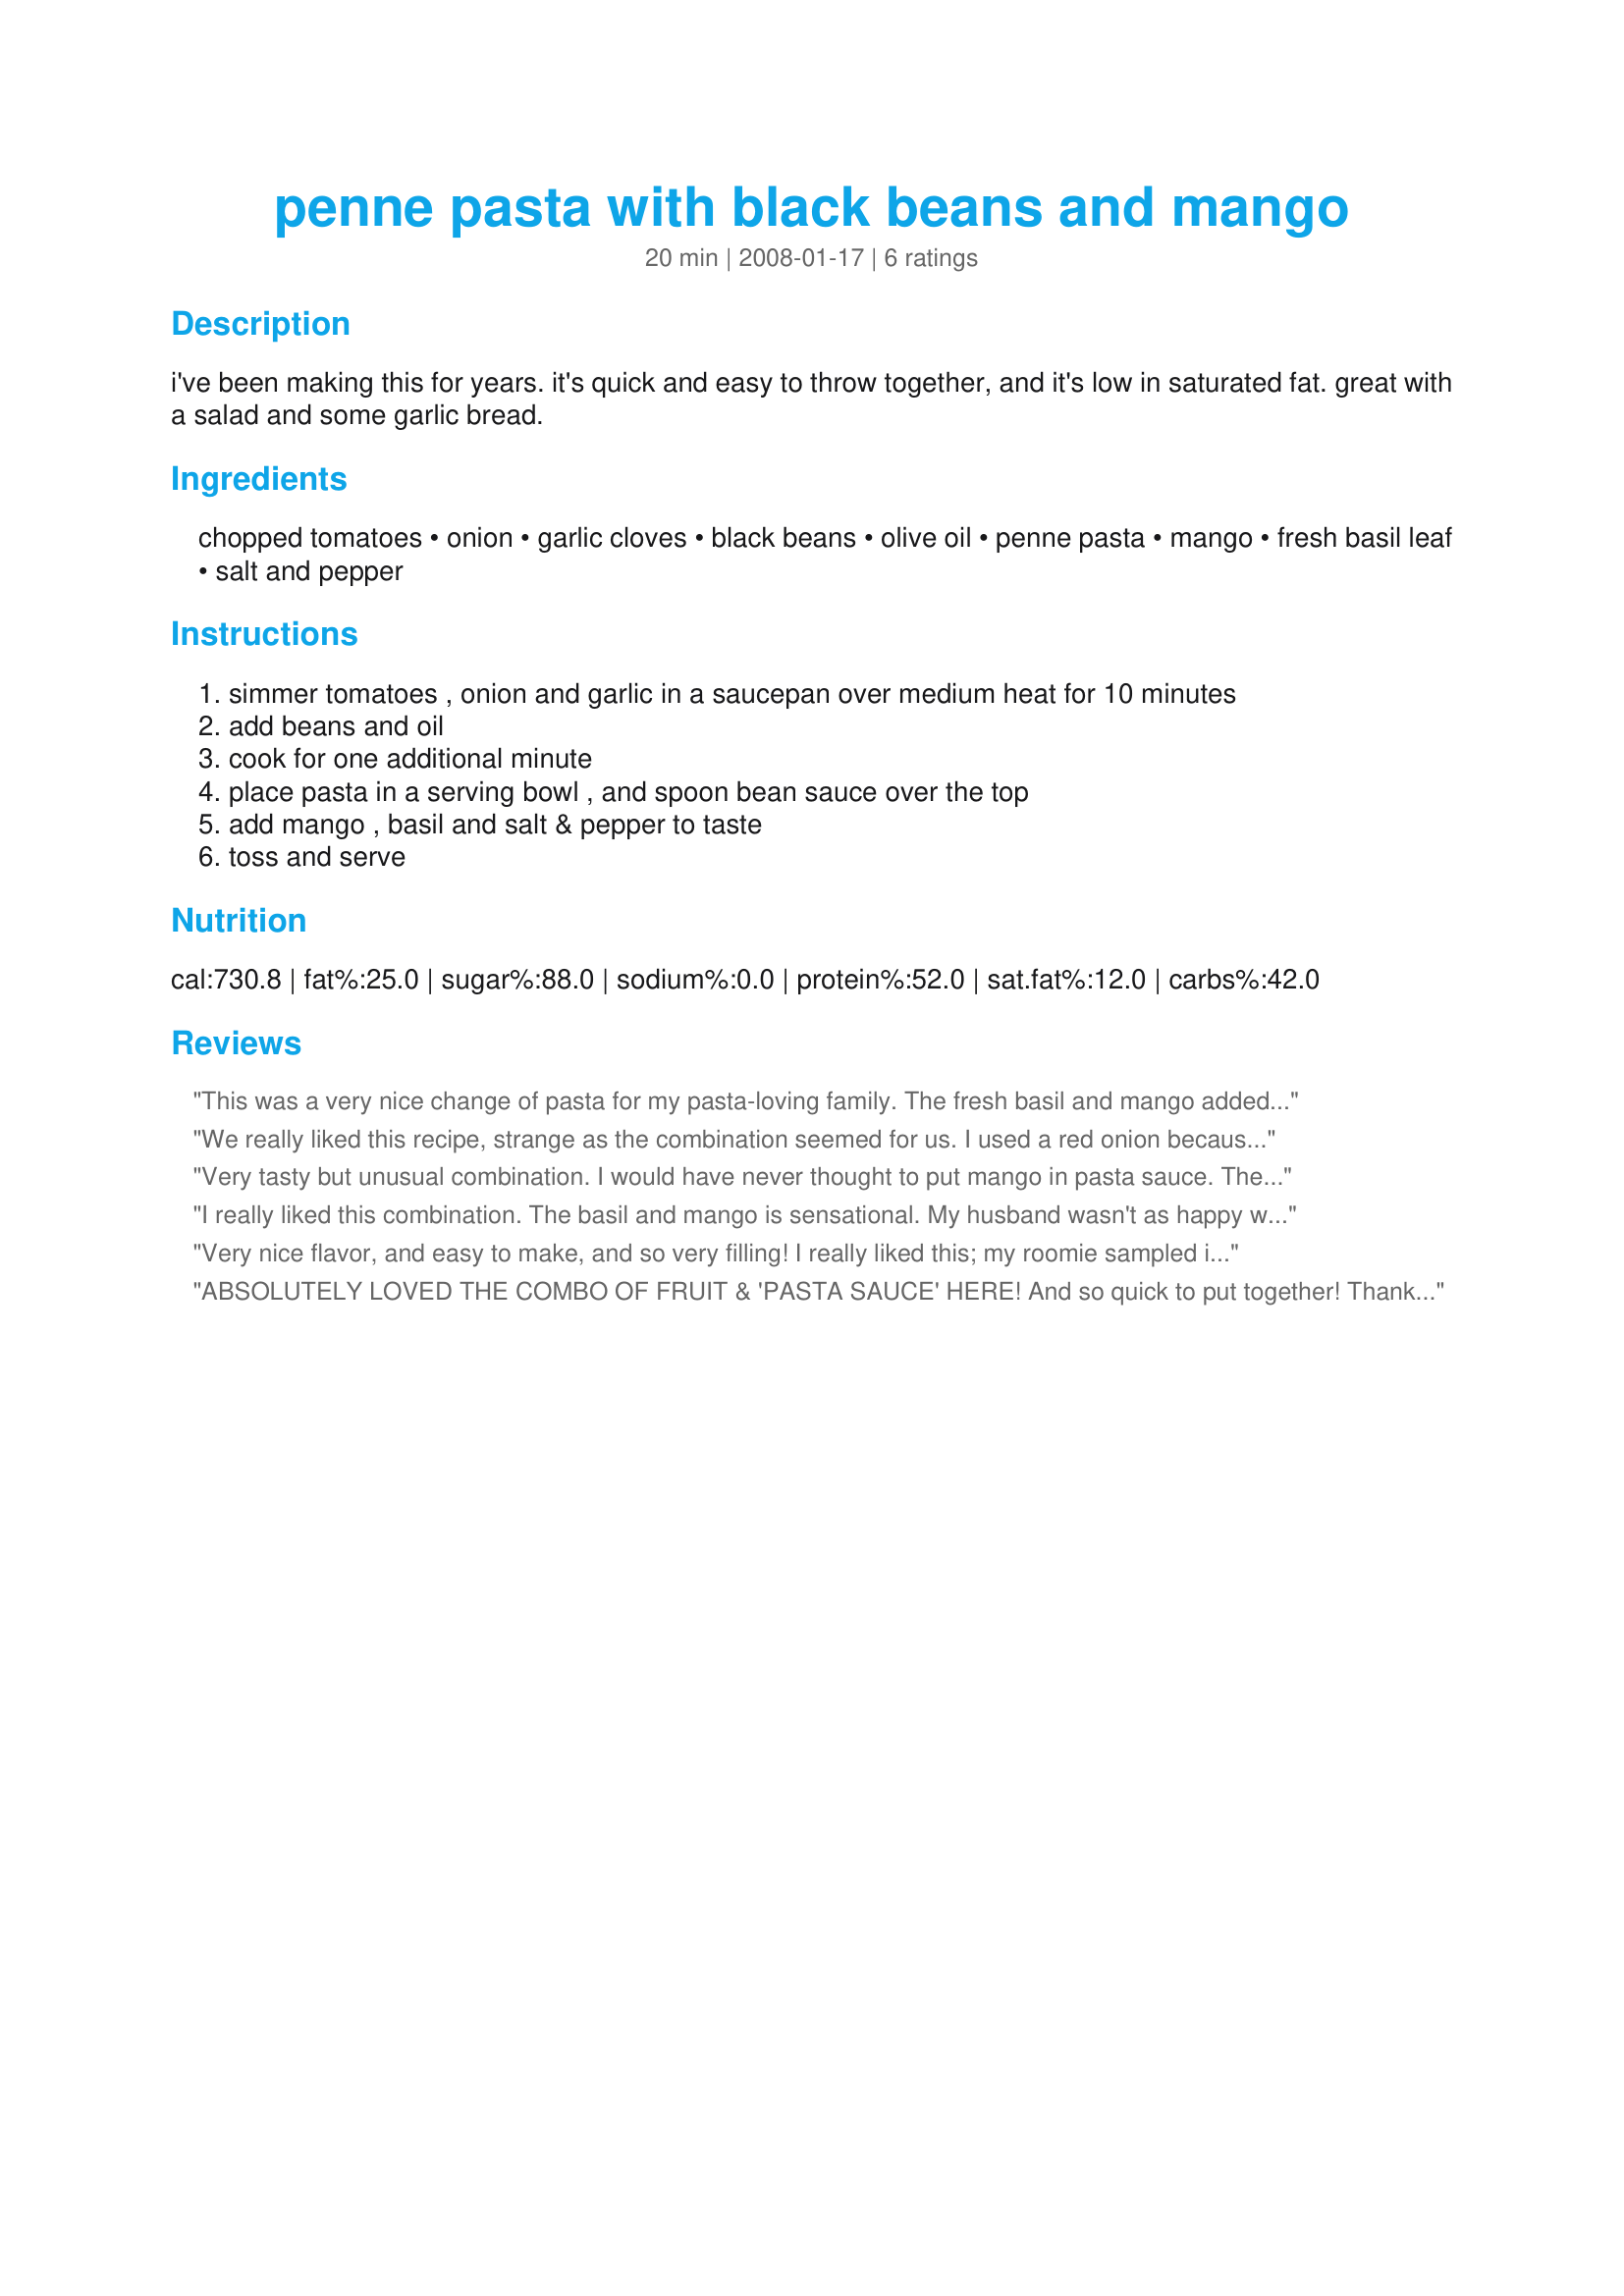
penne pasta with black beans and mango
Preparation time: 20 minutes

i've been making this for years. it's quick and easy to throw together, and it's low in saturated fat. great with a salad and some garlic bread.

Ingredients:
chopped tomatoes, onion, garlic cloves, black beans, olive oil, penne pasta, mango, fresh basil leaf, salt and pepper

Steps:
simmer tomatoes , onion and garlic in a saucepan over medium heat for 10 minutes, add beans and oil, cook for one additional minute, place pasta in a serving bowl , and spoon bean sauce over the top, add mango , basil and salt & pepper to taste, toss and serve

Reviews:
This was a very nice change of pasta for my pasta-loving family. The fresh basil and mango added something delicious to this recipe. The beans almost fool you into thinking meat is part of the dish. Light, refreshing and filling--what a combination! It's very easy to put together under 30 minutes which makes it a fabulous dish for during the week. It serves two adequately with a little left over for a lunch. Even my picky husband liked this one.
We really liked this recipe, strange as the combination seemed for us. I used a red onion because that was my smallest onion on hand. But the real deviation was when I accidentally used a papaya instead of a mango in this dish. I've never used either one, but today decided to buy several strange (to us) fruits to see if my picky toddler would eat more than just bananas & apples. I should have marked the grocery bags with what each fruit was. I searched Zaar for a mango recipe, found this one & didn't do any research on "mangos" until we'd eaten the meal. That's when I found that what we actually ate was the papaya... & not a ripe one either. lol
The good news is that we've all gotten over our fear of fruit in our pasta & are looking forward to trying this again with the mango. The dish had slightly meaty, slightly spicy, & slightly sweet flavors that all just melded together in a fabulous 30 minute meal. Thank you, Amanda for sharing this one with us!
Very tasty but unusual combination. I would have never thought to put mango in pasta sauce. The sweetness was nice with te basil and the beans. Thanks for posting!
I really liked this combination. The basil and mango is sensational. My husband wasn't as happy with it as I was but did eat his serving. I added extra penne to stretch it to serve three and that worked fine. I will make this again but save it for a time when my husband isn't home. Thanks for sharing your recipe.
Very nice flavor, and easy to make, and so very filling! I really liked this; my roomie sampled it and loved it! This is a good change of pace from other pasta dishes, and the flavors work better than you might expect... just be sure to use fully ripe mangos for the best falvor (mine were a little lacking in flavor, but they were all I had). Thanks for sharing!
ABSOLUTELY LOVED THE COMBO OF FRUIT & 'PASTA SAUCE' HERE! And so quick to put together! Thanks for sharing your recipe & giving me yet another great KEEPER! [Tagged, made & reviewed for one of my teammates in the Aus/NZ Recipe Swap #18]
